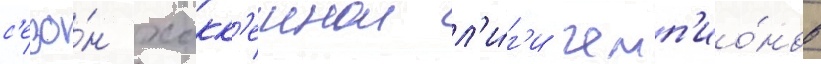
с'езо́н хокк'еинои л'и́г'и чемп'ио́нов